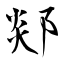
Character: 郯